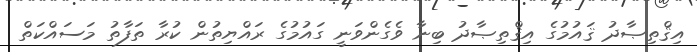
އިޤްތިޞާދު ޤައުމުގެ އިޤްތިޞާދު ބިނާ ވެގެންވަނީ ގައުމުގެ ރައްޔިތުން ކުރާ ތަފާތު މަސައްކަތް